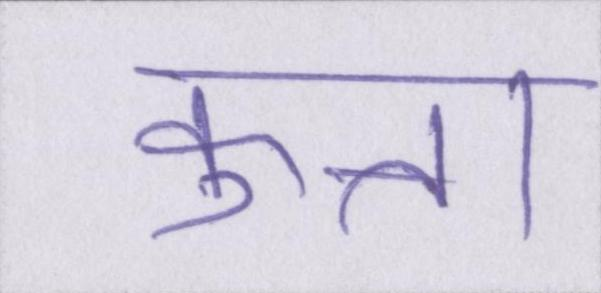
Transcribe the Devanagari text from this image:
कुत्ता